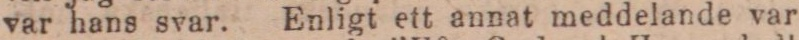
var hans svar. Enligt ett annat meddelande var